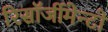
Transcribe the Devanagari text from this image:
रिसॉर्जीमेन्टो